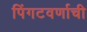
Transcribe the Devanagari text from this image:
पिंगटवर्णाची